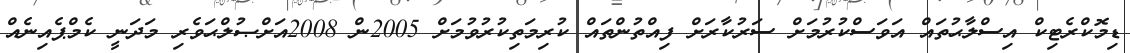
ޑިމޮކްރެޓިކް އިސްލާޙުތައް އަވަސްކުރުމަށް ސަރުކާރަށް ފިއްތުންތައް ކުރިމަތިކުރުވުމަށް 2005ން 2008އަށްޞުލްޙަވެރި މަދަނީ ކެމްޕެއިނެއް